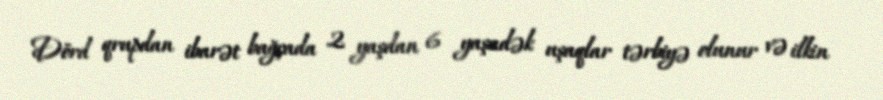
Dörd qrupdan ibarət bağçada 2 yaşdan 6 yaşadək uşaqlar tərbiyə olunur və ilkin